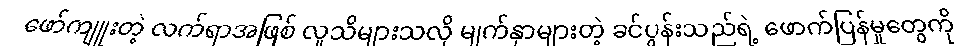
ဖော်ကျူးတဲ့ လက်ရာအဖြစ် လူသိများသလို မျက်နှာများတဲ့ ခင်ပွန်းသည်ရဲ့ ဖောက်ပြန်မှုတွေကို